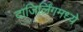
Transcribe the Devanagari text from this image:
दाजिर्लिंगमध्ये